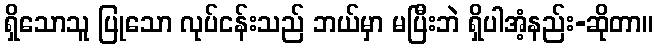
ရှိသောသူ ပြုသော လုပ်ငန်းသည် ဘယ်မှာ မပြီးဘဲ ရှိပါအံ့နည်း-ဆိုတာ။